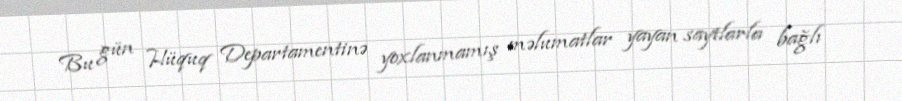
Bu gün Hüquq Departamentinə yoxlanmamış məlumatlar yayan saytlarla bağlı